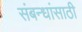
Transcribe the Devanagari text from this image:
संबन्धांसाठी